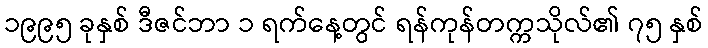
၁၉၉၅ ခုနှစ် ဒီဇင်ဘာ ၁ ရက်နေ့တွင် ရန်ကုန်တက္ကသိုလ်၏ ၇၅ နှစ်